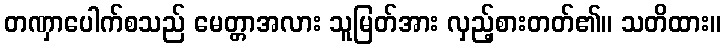
တဏှာပေါက်စသည် မေတ္တာအလား သူမြတ်အား လှည့်စားတတ်၏။ သတိထား။